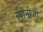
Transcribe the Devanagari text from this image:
स्पीनोजा